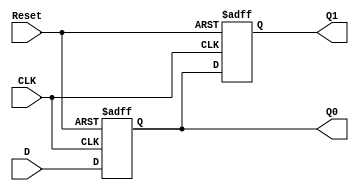
module shiftReg(Q1, Q0, CLK, Reset, D);
	output reg [7:0] Q1, Q0;
	input  [7:0] D;
	input  CLK, Reset;
	
	always @(posedge CLK or negedge Reset) begin
		if(!Reset)
			{Q1, Q0} = {8'd0, 8'd0};
		else begin
			Q1 = Q0;
			Q0 = D;
		end
	end
endmodule

module hexToSevSeg(out, in);
	output reg [6:0] out;
	input  [3:0] in;
	
	always @(*) begin
		case(in)
			4'h0: out = 7'b1000000;
			4'h1: out = 7'b1111001;
			4'h2: out = 7'b0100100;
			4'h3: out = 7'b0110000;
			4'h4: out = 7'b0011001;
			4'h5: out = 7'b0010010;
			4'h6: out = 7'b0000010;
			4'h7: out = 7'b1111000;
			4'h8: out = 7'b0000000;
			4'h9: out = 7'b0010000;
			4'hA: out = 7'b0001000;
			4'hB: out = 7'b0000011;
			4'hC: out = 7'b1000110;
			4'hD: out = 7'b0100001;
			4'hE: out = 7'b0000110;
			4'hF: out = 7'b0001110;
		endcase
	end
endmodule

module main(HEX3, HEX2, HEX1, HEX0, KEY, SW);
	output [6:0] HEX3, HEX2, HEX1, HEX0;
	input  [3:2] KEY;
	input  [7:0] SW;
	wire   [7:0] Q1, Q0;
	
	hexToSevSeg HDEC0(HEX0, Q0[3:0]);
	hexToSevSeg HDEC1(HEX1, Q0[7:4]);
	hexToSevSeg HDEC2(HEX2, Q1[3:0]);
	hexToSevSeg HDEC3(HEX3, Q1[7:4]);
	
	
	shiftReg SR0(Q1, Q0, ~KEY[3], KEY[2], SW);
endmodule